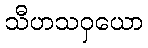
သီဟသဝှယော